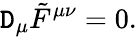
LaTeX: \mathtt{D}_{\mu}{\tilde{{F}}}^{\mu\nu}=0.